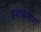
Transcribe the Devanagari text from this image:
प्रवाहमार्ग